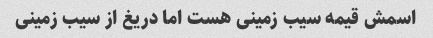
اسمش قیمه سیب زمینی هست اما دریغ از سیب زمینی